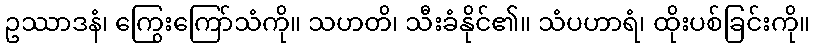
ဥဿာဒနံ၊ ကြွေးကြော်သံကို။ သဟတိ၊ သီးခံနိုင်၏။ သံပဟာရံ၊ ထိုးပစ်ခြင်းကို။